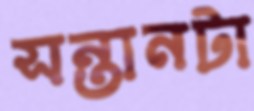
সন্তানটা